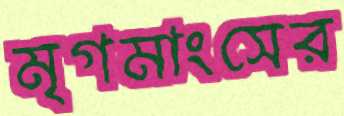
মৃগমাংসের